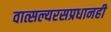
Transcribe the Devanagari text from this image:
वात्सल्यरसप्रधानही